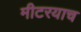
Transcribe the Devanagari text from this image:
मीटरयाच